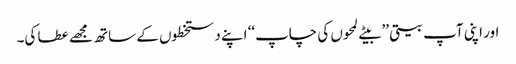
اور اپنی آپ بیتی ’’ بیتے لمحوں کی چاپ‘‘ اپنے دستخطوں کے ساتھ مجھے عطا کی۔